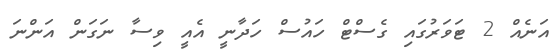
އަނެއް 2 ޓަވަރުގައި ގެސްޓް ހައުސް ހަދާނީ އެއީ ވިސާ ނަގަން އަންނަ